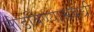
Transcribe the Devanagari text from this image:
सोडविण्यासंबंधी